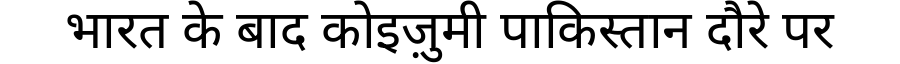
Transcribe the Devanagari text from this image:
भारत के बाद कोइज़ुमी पाकिस्तान दौरे पर